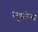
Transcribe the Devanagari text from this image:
रेगुमलेश्ण